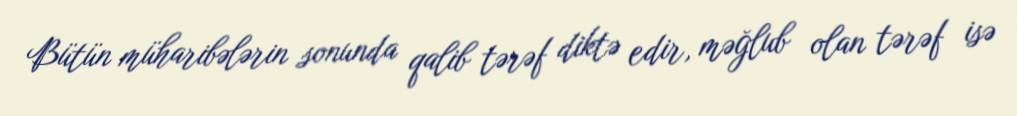
Bütün müharibələrin sonunda qalib tərəf diktə edir, məğlub olan tərəf isə